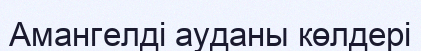
Амангелді ауданы көлдері